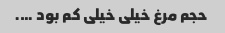
حجم مرغ خیلی خیلی کم بود ….